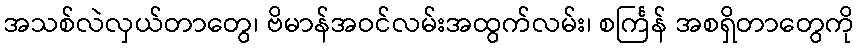
အသစ်လဲလှယ်တာတွေ၊ ဗိမာန်အဝင်လမ်းအထွက်လမ်း၊ စင်္ကြန် အစရှိတာတွေကို